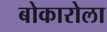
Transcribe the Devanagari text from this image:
बोकारोला